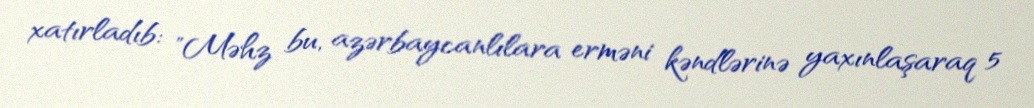
xatırladıb: "Məhz bu, azərbaycanlılara erməni kəndlərinə yaxınlaşaraq 5